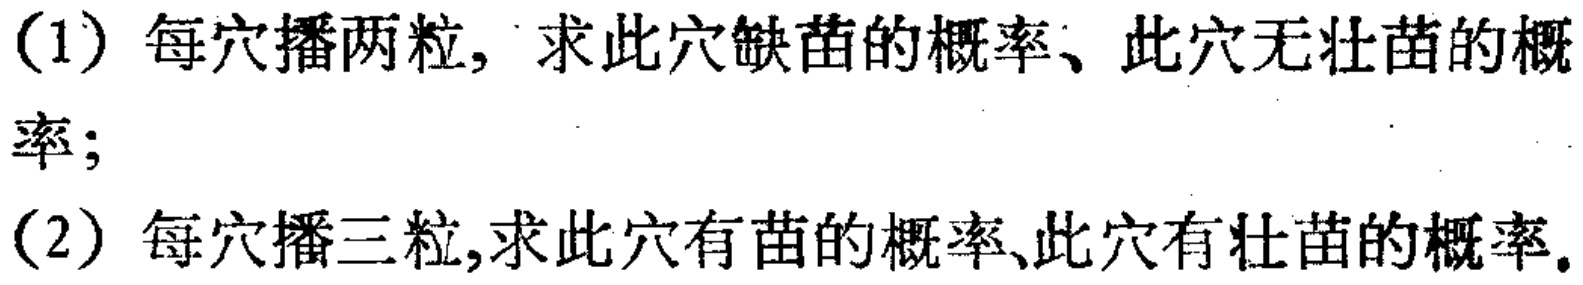
(1) 每穴播两粒，求此穴缺苗的概率、此穴无壮苗的概率；
(2) 每穴播三粒，求此穴有苗的概率、此穴有壮苗的概率。